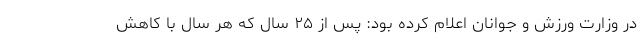
در وزارت ورزش و جوانان اعلام کرده بود: پس از ۲۵ سال که هر سال با کاهش